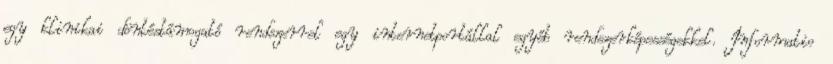
egy klinikai döntéstámogató rendszerrel egy internetportállal egyéb rendszerképességekkel. Informatio